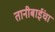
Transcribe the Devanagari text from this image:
तानीबाईंचा